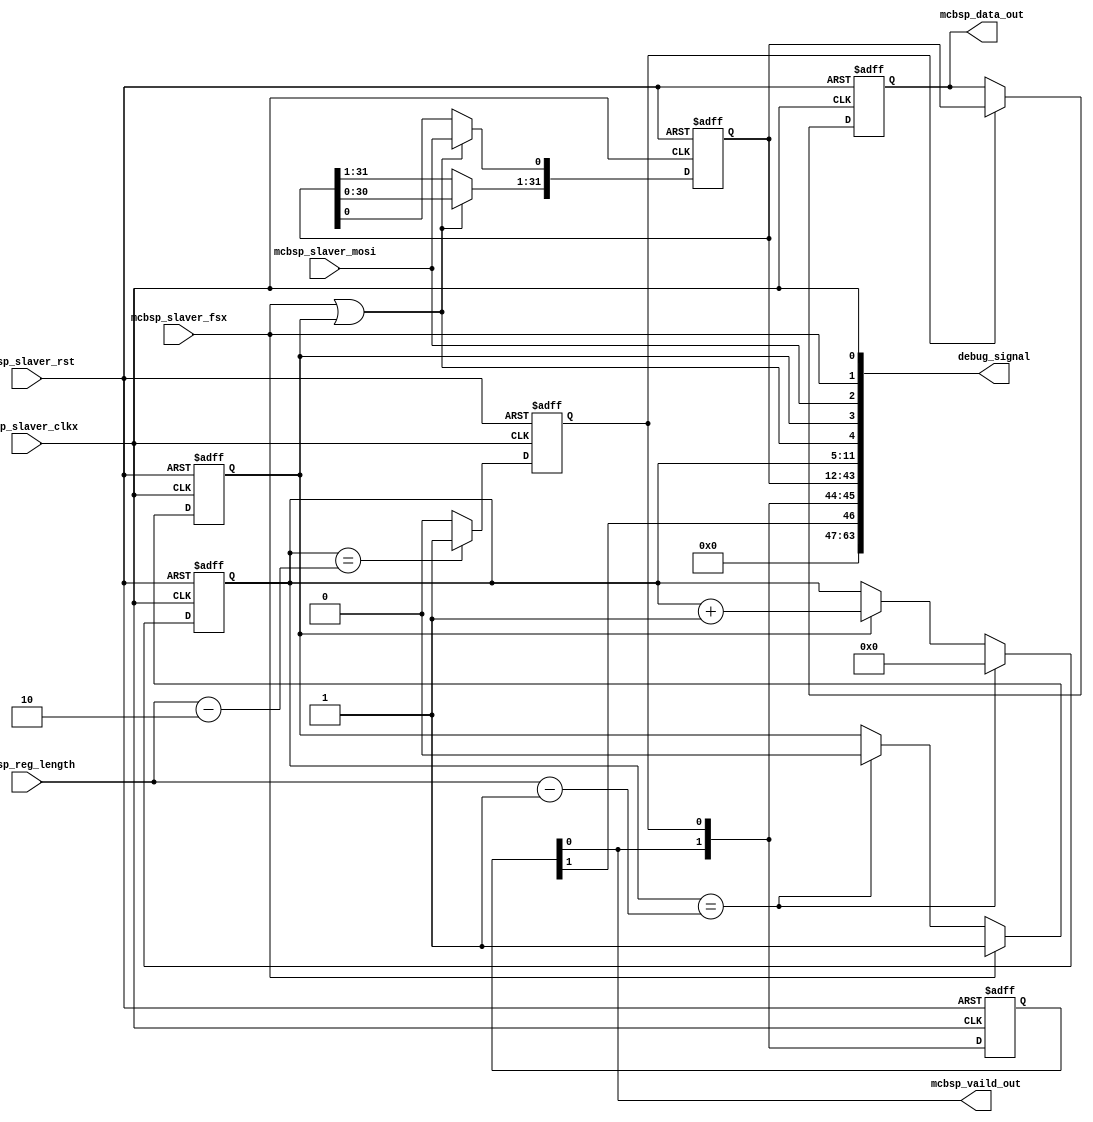
`timescale 1ns / 1ps
//////////////////////////////////////////////////////////////////////////////////
// Company: 
// Engineer: 
// 
// Design Name: 
// Module Name:    mcbsp_slaver 
// Project Name: 
// Target Devices: 
// Tool versions: 
// Description: 
//
// Dependencies: 
//
// Revision: 
// Revision 0.01 - File Created
// Additional Comments: 
//
//////////////////////////////////////////////////////////////////////////////////
module mcbsp_slaver(
//config parameter
//input [ 8:0]        mcbsp_reg_number,                         // rx frame length   
input [ 6:0]        mcbsp_reg_length,                           // code bit length 

// input interface
input               mcbsp_slaver_clkx,	 
input               mcbsp_slaver_fsx,	 
input               mcbsp_slaver_mosi, 

input               mcbsp_slaver_rst,
//input               mcbsp_slaver_en,  

//output data
output [31:0]       mcbsp_data_out,
output              mcbsp_vaild_out,    

	
// state/debug 		 
output[63:0]        debug_signal	
    );
    
//////////////////////////////////////////////////////////////////////////////////
//// signals declaration //// 
reg                 mcbsp_data_rdy     = 1'b0;
reg                 mcbsp_data_start   = 1'b0;
wire                mcbsp_en;
reg [15:0]          mcbsp_count        = 16'd0;
reg                 mcbsp_vaild_reg    = 1'b0;
reg [1:0]           mcbsp_vaild_reg_dly=2'd0;
                                       
                                       
reg [31:0]          mcbsp_buf          = 32'd0;
reg [31:0]          mcbsp_data_reg     = 32'd0; 

//////////////////////////////////////////////////////////////////////////////////
//// parameters define ////





//////////////////////////////////////////////////////////////////////////////////
//// (0) signals assigment ////
   assign    mcbsp_en                  =  mcbsp_slaver_fsx || mcbsp_data_start; //mcbsp_data_rdy && mcbsp_data_start;
                                       
   assign    mcbsp_data_out[31:0]      =  mcbsp_data_reg[31:0];
   assign    mcbsp_vaild_out           =  mcbsp_vaild_reg_dly[0];
	
	
//////////////////////////////////////////////////////////////////////////////////
//// (2) mcbsp count logic ////
// always@(posedge mcbsp_slaver_clkx or posedge mcbsp_slaver_rst) //tx_interrupt activate ready
// begin
  // if (mcbsp_slaver_rst)  begin
    // mcbsp_data_rdy                  <= 1'b0;    
  // end
  // else if ((mcbsp_count[6:0] == mcbsp_reg_length[6:0] - 1'b1) && (mcbsp_count[15:7] == mcbsp_reg_number[8:0] - 1'b1)) begin
    // mcbsp_data_rdy                  <= 1'b0;   
  // end
  // else if(mcbsp_slaver_en) begin
    // mcbsp_data_rdy                  <= 1'b1;         
  // end
// end	

always@(posedge mcbsp_slaver_clkx or posedge mcbsp_slaver_rst)//fsx activate real start
begin
  if (mcbsp_slaver_rst)  begin
    mcbsp_data_start                <= 1'b0;    
  end
  else if(mcbsp_slaver_fsx) begin
    mcbsp_data_start                <= 1'b1;         
  end
  else if ((mcbsp_count[6:0] == mcbsp_reg_length[6:0] - 1'b1)) begin
    mcbsp_data_start                <= 1'b0;   //fsx32MCBSP clk
  end
end	

always@(posedge mcbsp_slaver_clkx or posedge mcbsp_slaver_rst)
begin
  if (mcbsp_slaver_rst)  begin 
     mcbsp_count[6:0]               <= 7'd0;
  end
  else if (mcbsp_count[6:0] == mcbsp_reg_length[6:0] - 1'b1)   begin // mcbsp register 32bits 
     mcbsp_count[6:0]               <= 7'd0;	
  end
  else if(mcbsp_data_start)begin
     mcbsp_count[6:0]               <= mcbsp_count[6:0] + 1'b1; 
  end
end

//////////////////////////////////////////////////////////////////////////////////
//// (3) mcbsp register shift transfer logic ////
always@(posedge mcbsp_slaver_clkx or posedge mcbsp_slaver_rst)
begin
  if (mcbsp_slaver_rst)  begin
     mcbsp_buf[31:0]                <= 32'd0;
  end
  else if (mcbsp_en)begin  //keep no.0=fsx sampling
     mcbsp_buf[0]                   <= mcbsp_slaver_mosi;  
     mcbsp_buf[31:1]	            <= mcbsp_buf[30:0]; 
  end
end	

//////////////////////////////////////////////////////////////////////////////////
//// (4) mcbsp Latch data output ////
always@(posedge mcbsp_slaver_clkx or posedge mcbsp_slaver_rst)
begin
  if (mcbsp_slaver_rst)  begin
	 mcbsp_vaild_reg	            <= 1'b0;
  end
  else if (mcbsp_count[6:0] == mcbsp_reg_length[6:0] - 2'b10)  begin
     mcbsp_vaild_reg	            <= 1'b1; 
  end
  else begin
     mcbsp_vaild_reg	            <= 1'b0; 
  end
end	

always@(posedge mcbsp_slaver_clkx or posedge mcbsp_slaver_rst)
begin
  if (mcbsp_slaver_rst)  begin
	 mcbsp_vaild_reg_dly[1:0]	    <= 2'b0;
  end                               
  else begin                        
     mcbsp_vaild_reg_dly[1:0]	    <= {mcbsp_vaild_reg_dly[0],mcbsp_vaild_reg}; 
  end
end	

always@(posedge mcbsp_slaver_clkx or posedge mcbsp_slaver_rst)
begin
  if (mcbsp_slaver_rst)  begin
     mcbsp_data_reg[31:0]           <= 32'd0;
  end
  else if (mcbsp_vaild_reg)  begin
     mcbsp_data_reg[31:0]           <= mcbsp_buf[31:0]; 
  end
end	

//////////////////////////////////////////////////////////////////////////////////
//// debug signal ////
  assign  debug_signal[0]            = mcbsp_slaver_clkx;
  assign  debug_signal[1]            = mcbsp_slaver_fsx;
  assign  debug_signal[2]            = mcbsp_slaver_mosi;
                                     
  assign  debug_signal[3]            = mcbsp_data_start;
  assign  debug_signal[4]            = mcbsp_en;
                                     
  assign  debug_signal[11:5]         = mcbsp_count[6:0];
  assign  debug_signal[43:12]        = mcbsp_buf[31:0]; //mcbsp_data_reg[31:0]
                                     
  assign  debug_signal[44]           = mcbsp_vaild_reg;
  assign  debug_signal[46:45]        = mcbsp_vaild_reg_dly[1:0];
  
  assign  debug_signal[63:47]        =17'd0;

endmodule